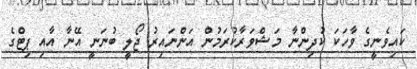
ކައިވެނީގެ ވާހަކަ ކުދިންނާ މަޝްވަރާކުރަމުން އަންނައިރު ޖޯލީ ބުނަނީ އޭނާ އާއި ޕިޓްގެ